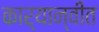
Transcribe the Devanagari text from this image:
कार्यान्‍वीत